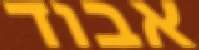
אבוד